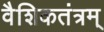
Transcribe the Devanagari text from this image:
वैशिकतंत्रम्